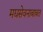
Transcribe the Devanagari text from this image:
मद्यसेवनाबाबत